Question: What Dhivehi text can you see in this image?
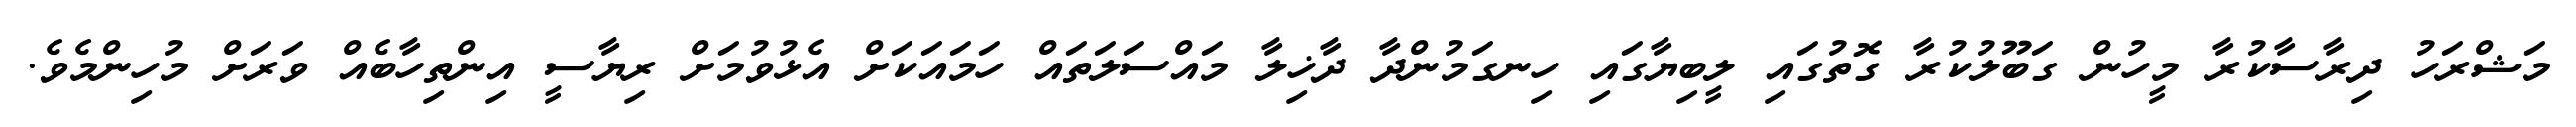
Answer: މަޝްރަހު ދިރާސާކުރާ މީހުން ގަބޫލުކުރާ ގޮތުގައި ލީބިޔާގައި ހިނގަމުންދާ ދާޚިލާ މައްސަލަތައް ހަމައަކަށް އެޅުވުމަށް ރިޔާސީ އިންތިހާބެއް ވަރަށް މުހިންމެވެ.